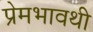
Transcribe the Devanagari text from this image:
प्रेमभावथी